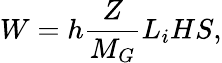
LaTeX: W=h\frac{Z}{M_{G}}L_{i}HS,